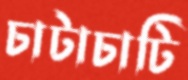
চাটাচাটি